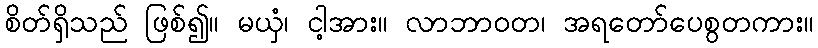
စိတ်ရှိသည် ဖြစ်၍။ မယှံ၊ ငါ့အား။ လာဘာဝတ၊ အရတော်ပေစွတကား။